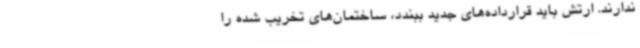
ندارند. ارتش باید قرارداده‌های جدید ببندد، ساختمان‌های تخریب شده را